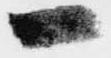
一